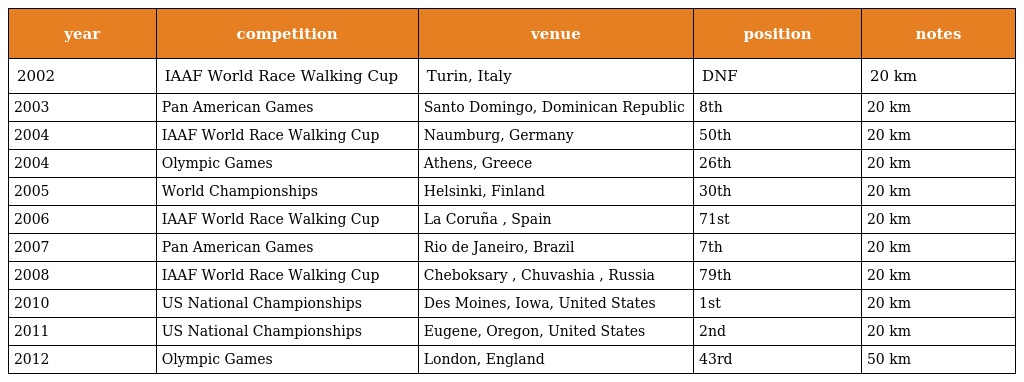
| year | competition | venue | position | notes |
 | --- | --- | --- | --- | --- |
 | 2002 | IAAF World Race Walking Cup | Turin, Italy | DNF | 20 km |
 | 2003 | Pan American Games | Santo Domingo, Dominican Republic | 8th | 20 km |
 | 2004 | IAAF World Race Walking Cup | Naumburg, Germany | 50th | 20 km |
 | 2004 | Olympic Games | Athens, Greece | 26th | 20 km |
 | 2005 | World Championships | Helsinki, Finland | 30th | 20 km |
 | 2006 | IAAF World Race Walking Cup | La Coruña , Spain | 71st | 20 km |
 | 2007 | Pan American Games | Rio de Janeiro, Brazil | 7th | 20 km |
 | 2008 | IAAF World Race Walking Cup | Cheboksary , Chuvashia , Russia | 79th | 20 km |
 | 2010 | US National Championships | Des Moines, Iowa, United States | 1st | 20 km |
 | 2011 | US National Championships | Eugene, Oregon, United States | 2nd | 20 km |
 | 2012 | Olympic Games | London, England | 43rd | 50 km |